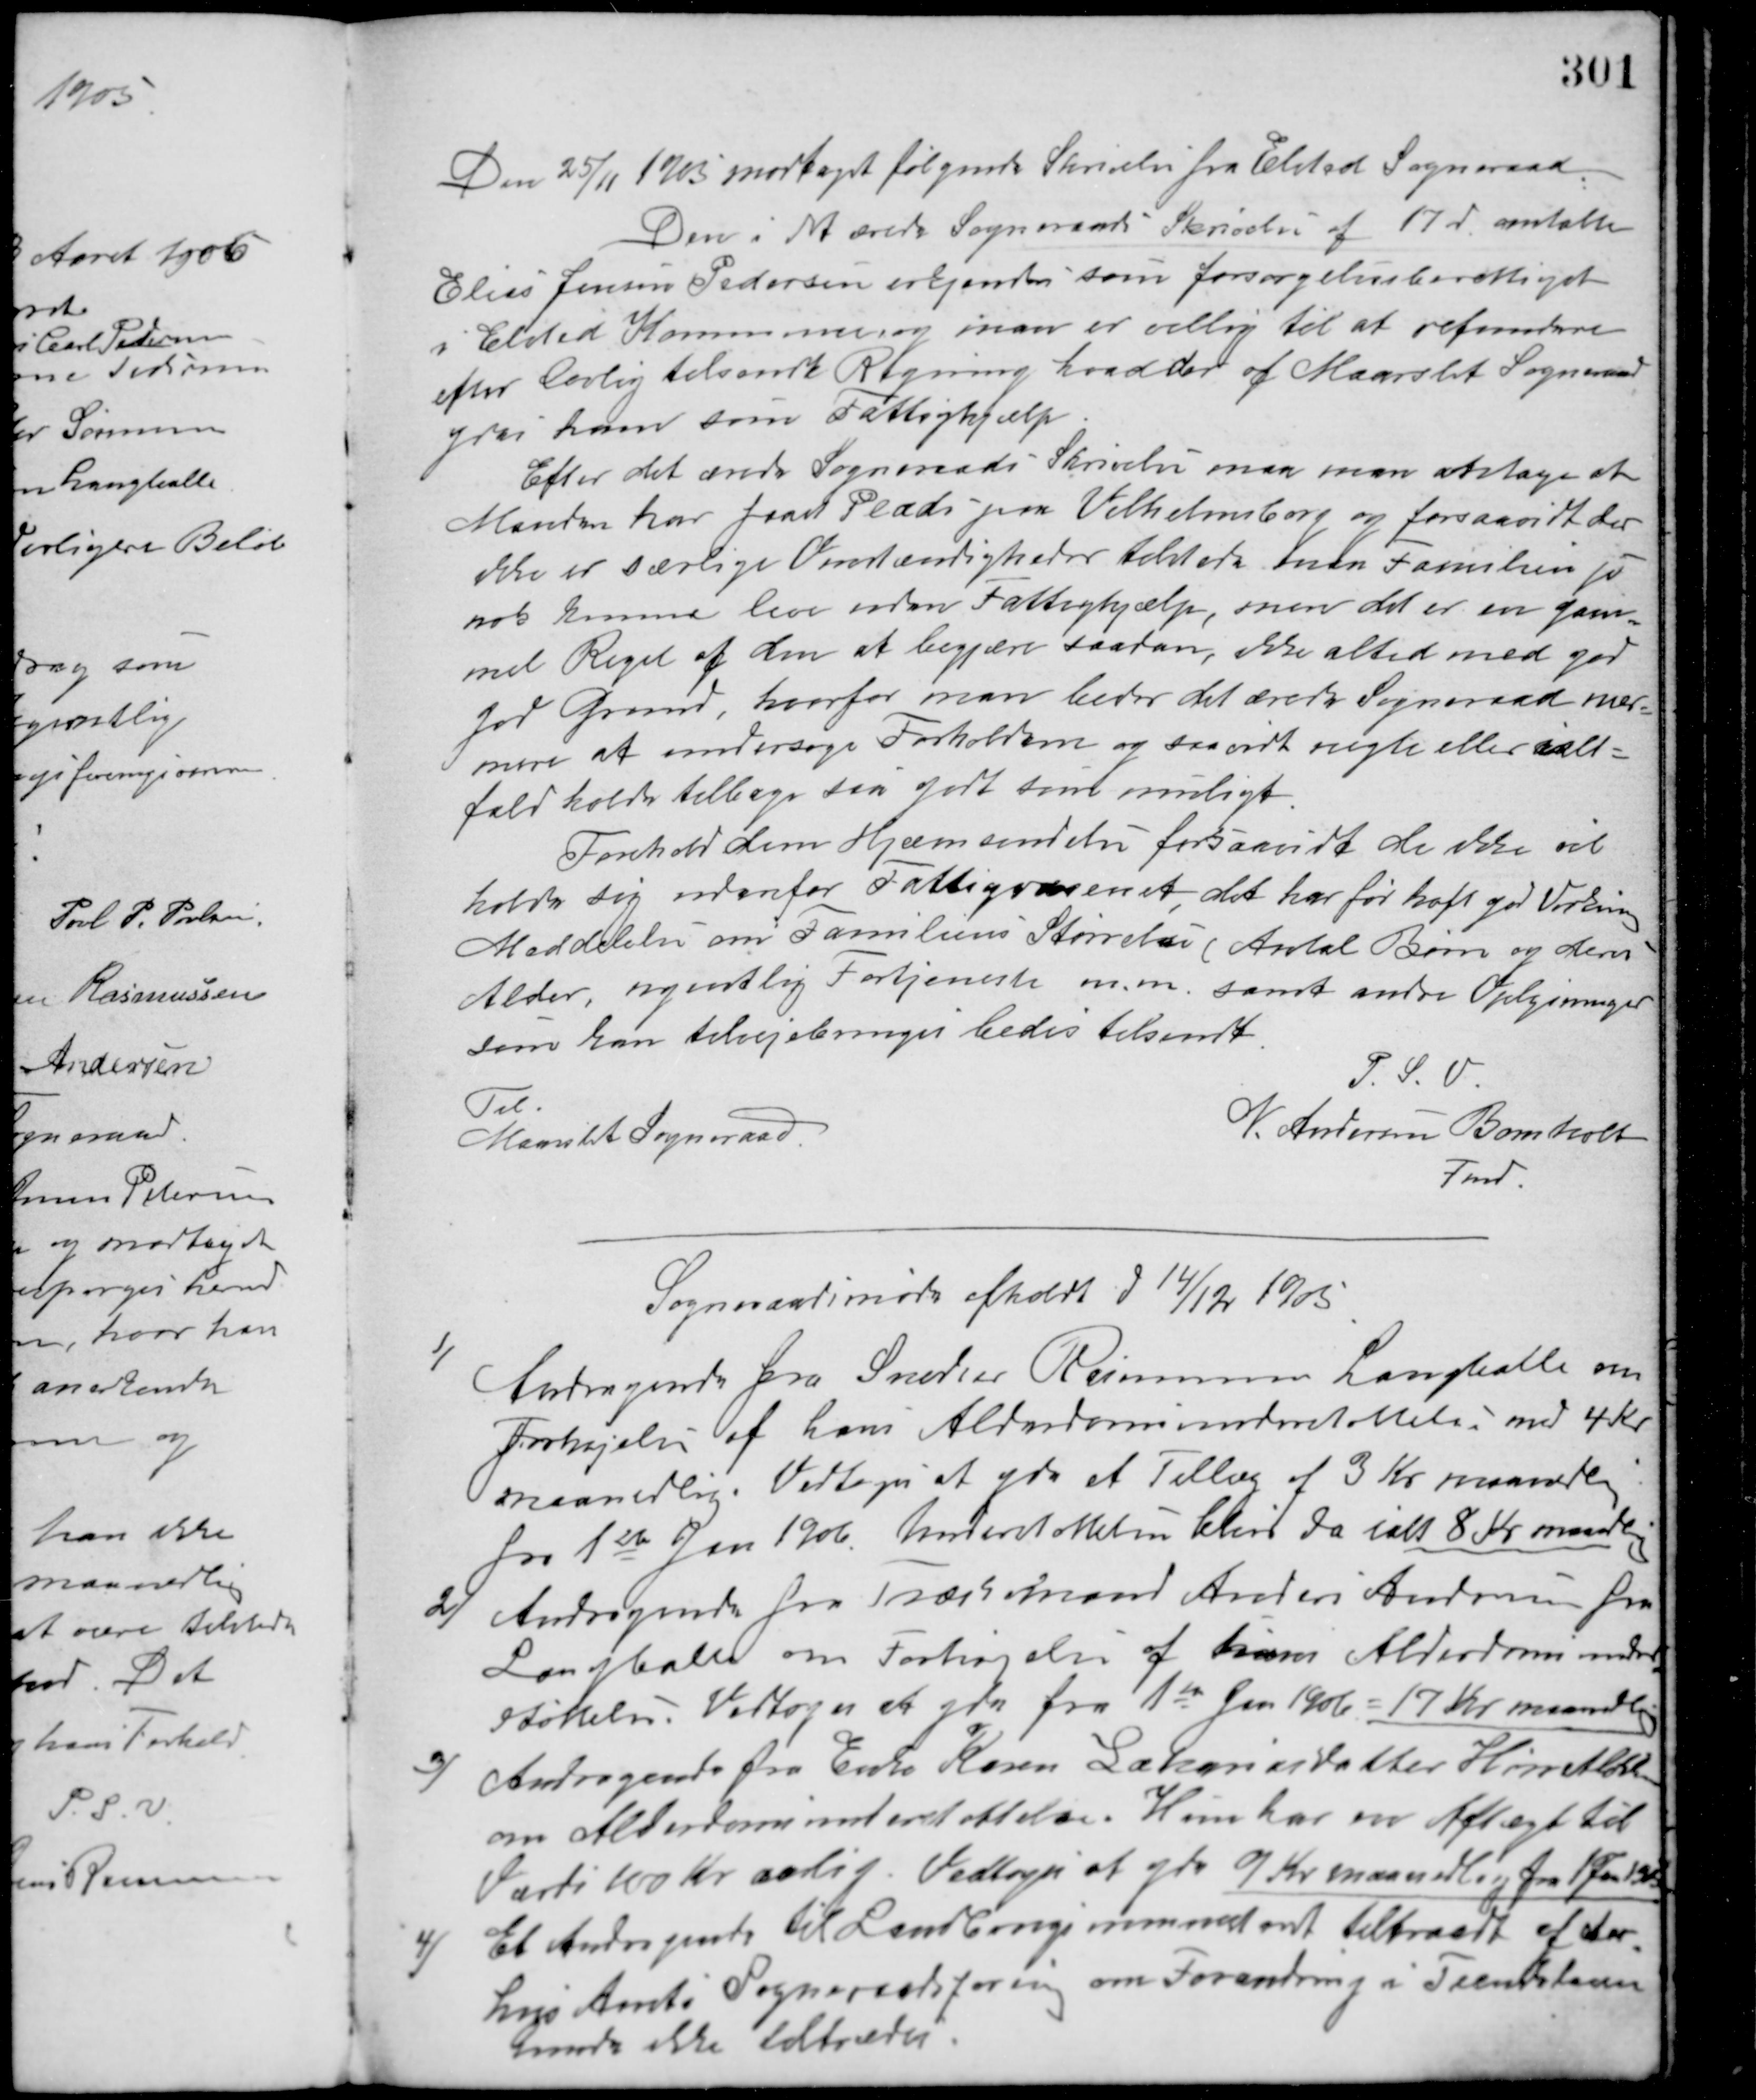
Transskription:
Den 25/11 1905 modtaget følgende Skrivelse fra Elsted Sogneraad.
Den i det ærede Sogneraads Skrivelse af 17 d. omtalte
Elias Jensen Pedersen erkjendes som forsørgelsesberettiget
i Elsted Kommune, og man er villig til at refundere
efter lovlig tilsendt Regning hvad der af Maarslet Sogneraad
ydes ham som Fattighjælp.
Efter det ærede Sogneraads Skrivelse maa man antage at
Manden har faaet Plads paa Vilhelmsborg og forsaavidt der
ikke er særlige Omstændigheder tilstede burde Familien jo
nok kunne leve uden Fattighjælp, men det er en gam-
mel Regel af dem at begjære saadan, ikke altid med god
god Grund, hvorfor man beder det ærede Sogneraad med-
mere at undersøge Forholdene og saa vidt nægte eller ialt-
fald holde tilbage saa godt som muligt.
Forhold dem Hjemsendelse forsaavidt de ikke vil
holde sig udenfor Fattigvæsenet det har før haft god Virkning.
Meddelelse om Familiens Størrelse (Antal Børn og deres
Alder, ugentlig Fortjeneste m.m. samt andre Oplysninger
som kan tilvejebringes bedes tilsendt.
P. S. V.
N. Andersen Bomholt
Fmd.
Til
Maarslet Sogneraad
Sogneraadsmøde afholdt d 14/12 1905.
Andragende fra Snedker Rasmussen Langballe om
1/
Forhøjelse af hans Alderdomsunderstøttelse med 4 Kr.
maanedlig. Vedtoges at yde et Tillæg af 3 Kr. maanedlig
fra 1ste Jan. 1906. Understøttelsen bliver da ialt 8 Kr. maanedlig.
2/ Andragende fra Træskomand Anders Andersen fra
Langballe om Forhøjelse af hans Alderdomsunder-
støttelse. Vedtoges at yde fra 1ste Jan. 1906 = 17 Kr. maanedlig
3/ Andragende fra Enke Karen Lakariasdatter Hørretløkken
om Alderdomsunderstøttelse. Hun har en Aftægt til
Værdi 100 Kr. aarlig. Vedtoges at yde 9 Kr maanedlig fra 1 Jan. 1906.
4/ Et Andragende til Landbrugsministeret Tiltraadt af der
horø Amts Sogneraadsforening om Forandring i Tiendeloven
kunde ikke tiltrædes.